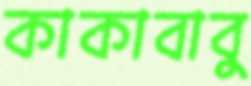
কাকাবাবু